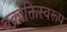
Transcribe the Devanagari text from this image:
वक्रोक्तिस्वरूप